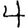
Digit: 4